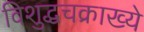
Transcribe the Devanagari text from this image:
विशुद्धचक्राख्ये